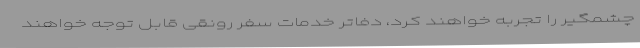
چشمگیر را تجربه خواهند کرد، دفاتر خدمات سفر رونقی قابل توجه خواهند